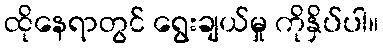
ထိုနေရာတွင် ရွေးချယ်မှု ကိုနှိပ်ပါ။